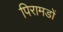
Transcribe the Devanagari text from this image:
पिरामडों